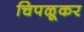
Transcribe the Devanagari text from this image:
चिपळूकर